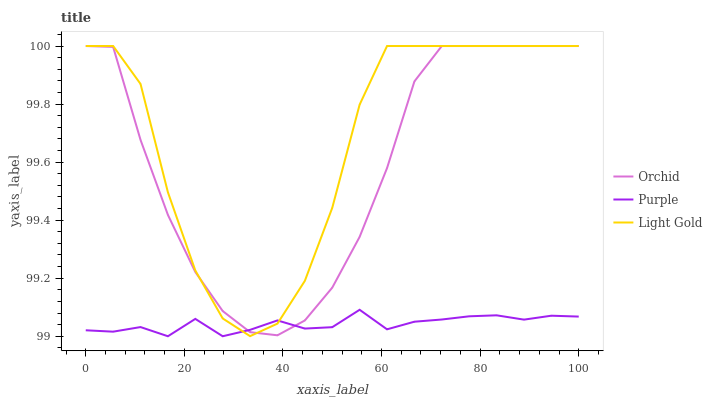
| xaxis_label | Orchid | Purple | Light Gold |
 | --- | --- | --- | --- |
 | 0 | 100 | 99 | 100 |
 | 5.56 | 100 | 99 | 100 |
 | 11.1 | 99.7 | 99 | 99.9 |
 | 16.7 | 99.4 | 99 | 99.5 |
 | 22.2 | 99.2 | 99.1 | 99.2 |
 | 27.8 | 99.1 | 99 | 99.1 |
 | 33.3 | 99 | 99 | 99 |
 | 38.9 | 99 | 99.1 | 99 |
 | 44.4 | 99.1 | 99 | 99.2 |
 | 50 | 99.2 | 99 | 99.4 |
 | 55.6 | 99.3 | 99.1 | 99.8 |
 | 61.1 | 99.6 | 99 | 100 |
 | 66.7 | 99.9 | 99.1 | 100 |
 | 72.2 | 100 | 99.1 | 100 |
 | 77.8 | 100 | 99.1 | 100 |
 | 83.3 | 100 | 99.1 | 100 |
 | 88.9 | 100 | 99.1 | 100 |
 | 94.4 | 100 | 99.1 | 100 |
 | 100 | 100 | 99.1 | 100 |